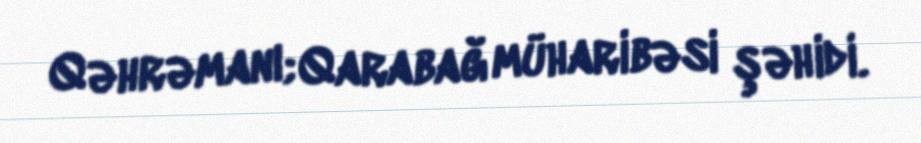
Qəhrəmanı; Qarabağ müharibəsi şəhidi.